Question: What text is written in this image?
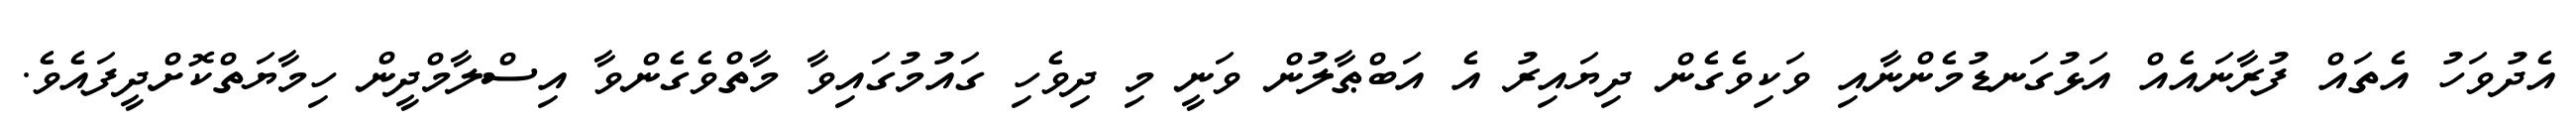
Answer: އެދުވަހު އެތައް ފުރާނައެއް އަޅުގަނޑުމެންނާއި ވަކިވެގެން ދިޔައިރު އެ އަބްޠާލުން ވަނީ މި ދިވެހި ގައުމުގައިވާ މާތްވެގެންވާ އިސްލާމްދީން ހިމާޔަތްކޮށްދީފައެވެ.